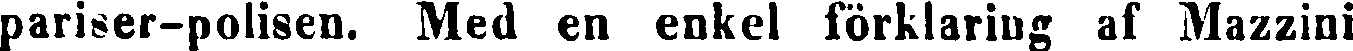
pariser-polisen. Med en enkel förklaring af Mazzini